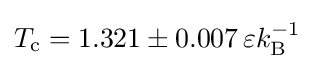
T_{\mathrm {c} }=1.321\pm 0.007\,\varepsilon k_{\mathrm {B} }^{-1}